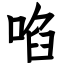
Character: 啗